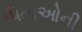
પિતાઓની